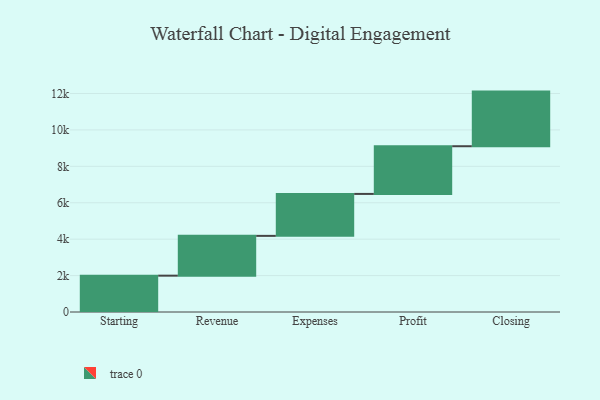
{"axis": {"x": "Step", "y": "Value"}, "legend": [""], "data": [{"x": "Starting", "y": 1996.0, "type": ""}, {"x": "Revenue", "y": 2185.0, "type": ""}, {"x": "Expenses", "y": 2304.0, "type": ""}, {"x": "Profit", "y": 2619.0, "type": ""}, {"x": "Closing", "y": 3000, "type": ""}]}